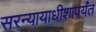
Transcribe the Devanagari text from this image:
सरन्यायाधीशापर्यंत